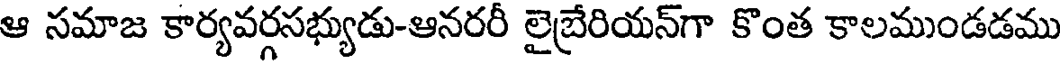
ఆ సమాజ కార్యవర్గసభ్యుడు-ఆనరరీ లైబేరియన్గా కొంత కాలముండడము